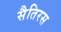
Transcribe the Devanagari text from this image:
सैतिरस